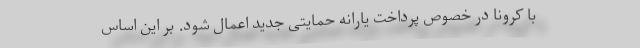
با کرونا در خصوص پرداخت یارانه حمایتی جدید اعمال شود. بر این اساس